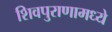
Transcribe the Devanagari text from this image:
शिवपुराणामध्ये